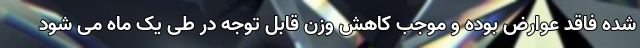
شده فاقد عوارض بوده و موجب کاهش وزن قابل توجه در طی یک ماه می شود